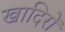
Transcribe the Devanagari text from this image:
खादिरों